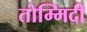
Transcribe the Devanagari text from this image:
तोम्मिदी